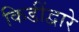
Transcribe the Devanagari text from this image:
किडींद्वारे